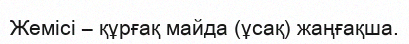
Жемісі – құрғақ майда (ұсақ) жаңғақша.